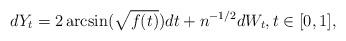
LaTeX: \begin{align*}dY_t = 2 \arcsin (\sqrt{f(t)}) dt + n^{-1/2} dW_t, t\in [0,1],\end{align*}